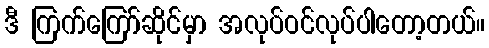
ဒီ ကြက်ကြော်ဆိုင်မှာ အလုပ်ဝင်လုပ်ပါတော့တယ်။